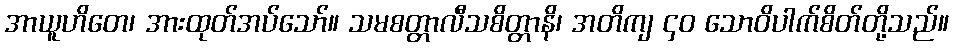
အာယူဟိတေ၊ အားထုတ်အပ်သော်။ သမစတ္တာလီသစိတ္တာနိ၊ အတိကျ ၄၀ သောဝိပါက်စိတ်တို့သည်။